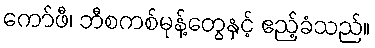
ကော်ဖီ၊ ဘီစကစ်မုန့်တွေနှင့် ဧည့်ခံသည်။